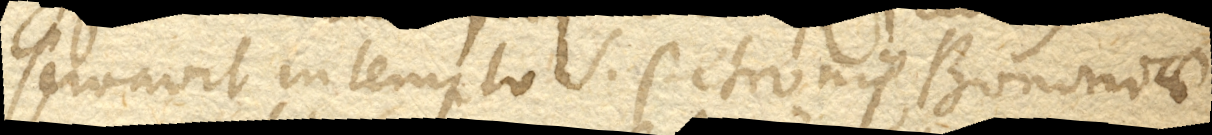
servavit in templo S. Petronis, Bononiae